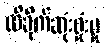
ထိခိုက်ဆုံးရှုံးမှု